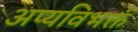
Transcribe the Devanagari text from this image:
अप्यविभक्तं